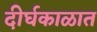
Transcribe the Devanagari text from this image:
दीर्घकाळात